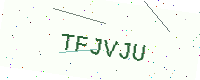
Text: TFJVJU